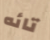
تائه